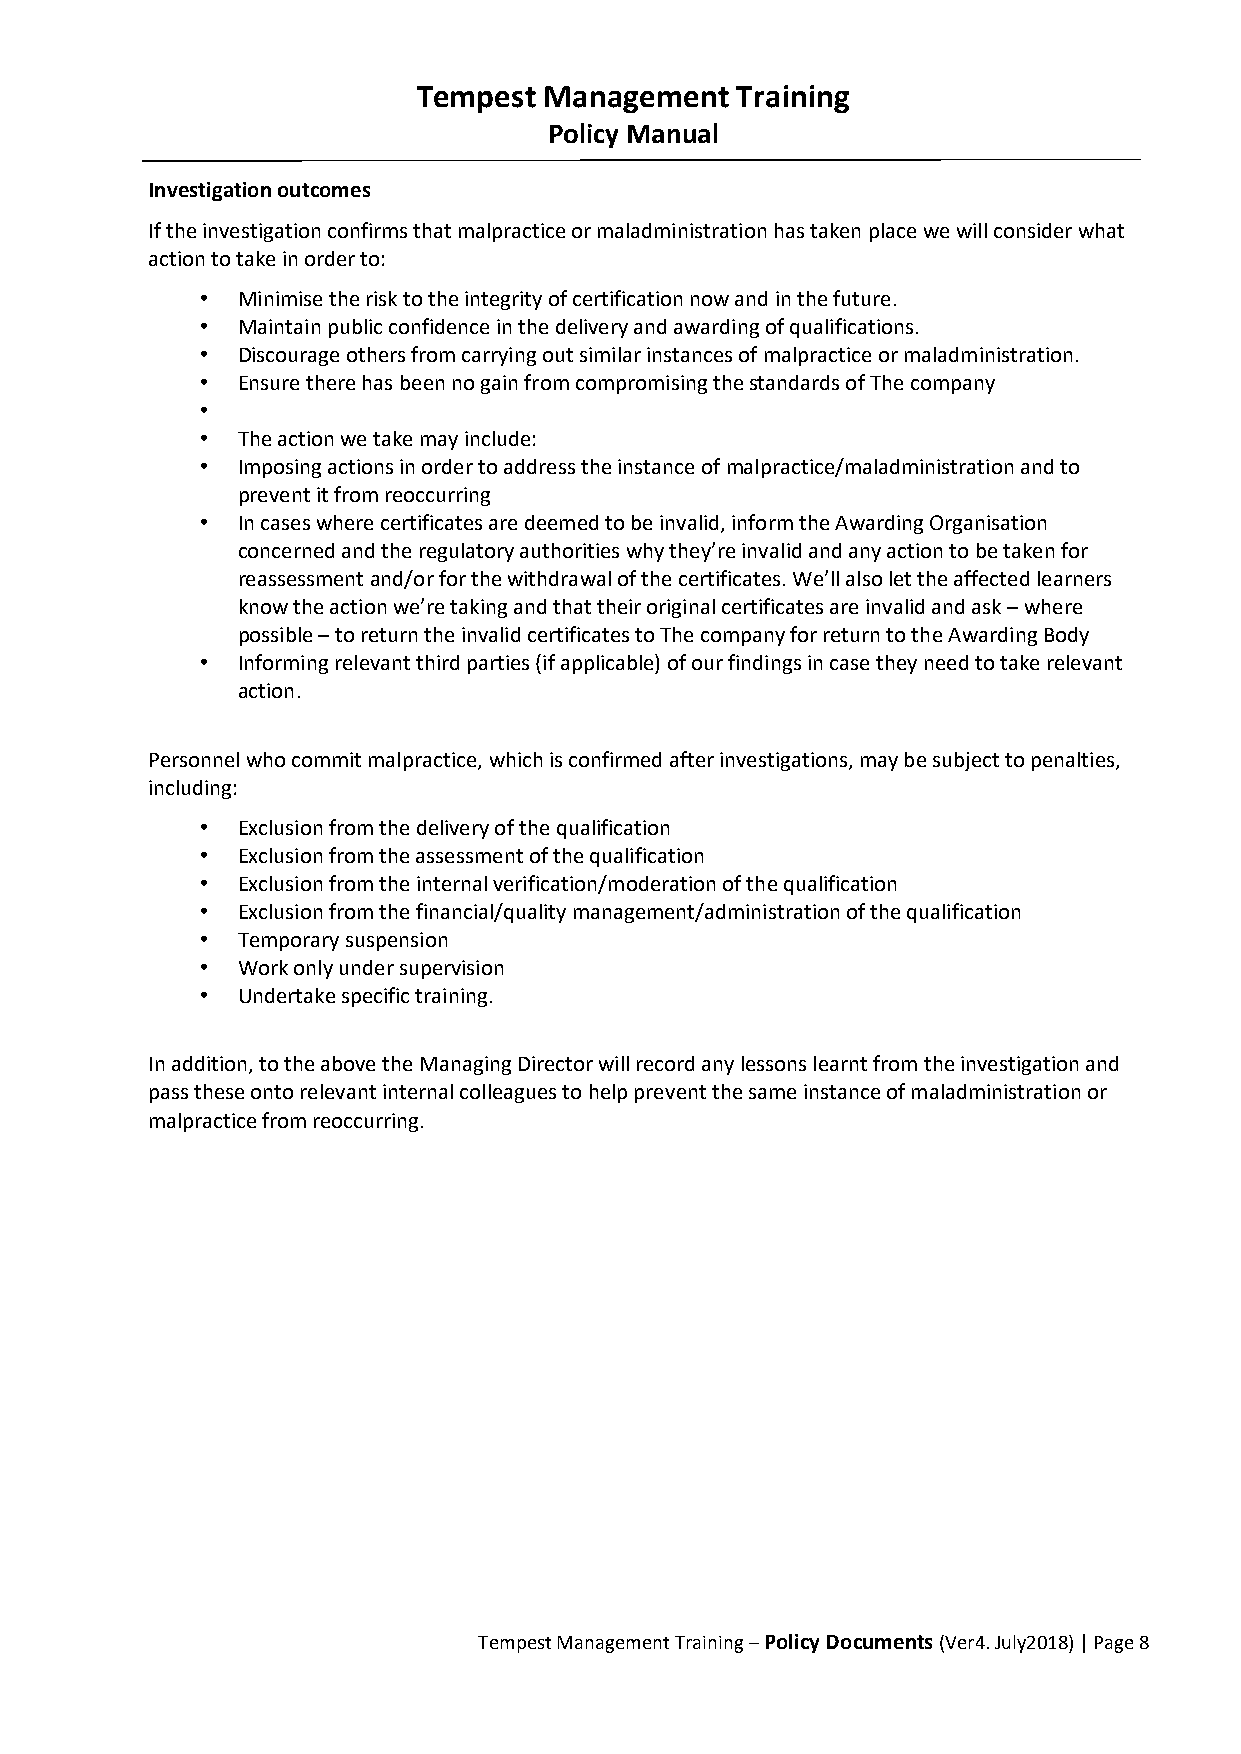
Tempest Management   Training
 Policy Manual
 Investigation outcomes
 If the investigation confirms that malpractice or maladministration has taken place we will consider what
 action to take in order to:
 •  Minimise the risk to the integrity of certification now and in the future.
 •  Maintain public confidence in the delivery and awarding of qualifications.
 •  Discourage others from carrying out similar instances of malpractice or maladministration.
 •  Ensure there has been no gain from compromising the standards of The company
 •
 •  The action we take may include:
 •  Imposing actions in order to address the instance of malpractice/maladministration and to
 prevent it from reoccurring
 •  In cases where certificates are deemed to be invalid, inform the Awarding Organisation
 concerned and the regulatory authorities why they’re invalid and any action to be taken for
 reassessment and/or for the withdrawal of the certificates. We’ll also let the affected learners
 know the action we’re taking and that their original certificates are invalid and ask – where
 possible – to return the invalid certificates to The company for return to the Awarding Body
 •  Informing relevant third parties (if applicable) of our findings in case they need to take relevant
 action.
 Personnel who commit malpractice, which is confirmed after investigations, may be subject to penalties,
 including:
 •  Exclusion from the delivery of the qualification
 •  Exclusion from the assessment of the qualification
 •  Exclusion from the internal verification/moderation of the qualification
 •  Exclusion from the financial/quality management/administration of the qualification
 •  Temporary suspension
 •  Work only under supervision
 •  Undertake specific training.
 In addition, to the above the Managing Director will record any lessons learnt from the investigation and
 pass these onto relevant internal colleagues to help prevent the same instance of maladministration or
 malpractice from reoccurring.
 Tempest Management Training – Policy Documents (Ver4. July2018) | Page 8